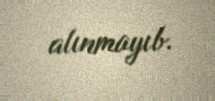
alınmayıb.